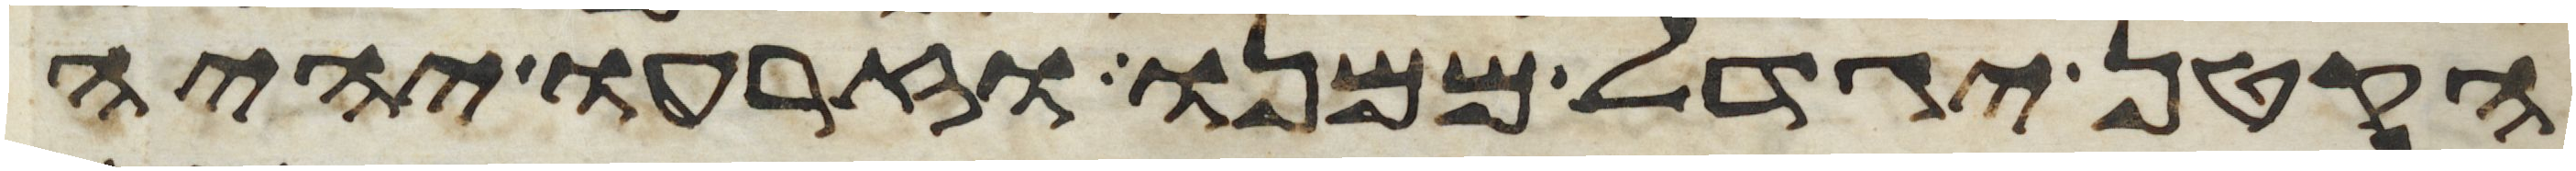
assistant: הקטן יגדל ממנו וזרעו יהיה